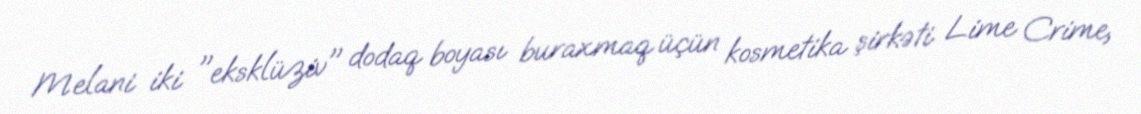
Melani iki "eksklüziv" dodaq boyası buraxmaq üçün kosmetika şirkəti Lime Crime,